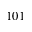
1 0 1